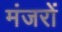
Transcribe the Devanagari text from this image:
मंजरों